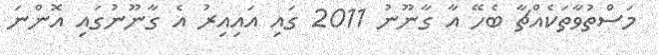
މަސްތުވާތަކެއްޗާ ބެހޭ އާ ގާނޫނު 2011 ގައި އައިއިރު އެ ގާނޫނުގައި އޮންނަ